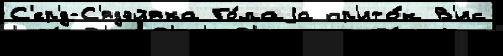
С'ер'́д-С'ядэйяха Го́лаjа пр'ито́к В'ис